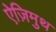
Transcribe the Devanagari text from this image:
ऐज़िमुथ